Annual report on the lock hospitals of the Madras Presidency
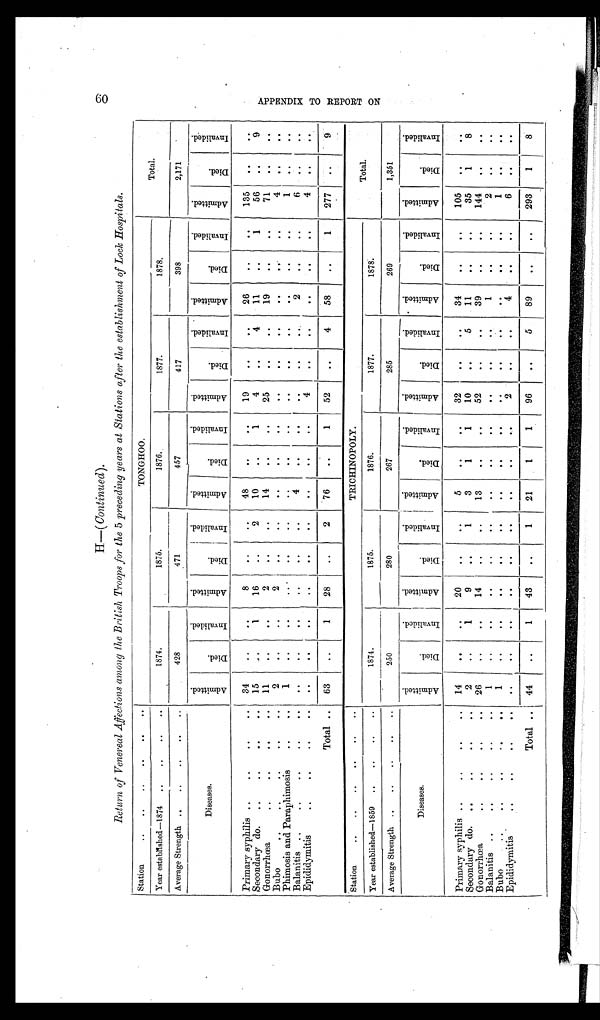
H—( Continued).
Return of Venereal Affections among the British Troops for the 5 preceding years at Stations after the establishment of Lock Hospitals.
Station ..
..
..
..
..
.. TONGHOO.
Total.
Year established—1874 ..
..
..
..
1874.
1875.
1876.
1877.
1878.
Average Strength ..
..
..
..
..
428
471
457
417
398
2,171
Diseases.
A m i t t e d .
Died.
I n v a l i d e d .
A m i t t e d .
D i e d .
I n v a l i d e d .
A m i t t e d .
D i e d .
I n v a l i d e d .
A m i t t e d .
Died.
I n v a l i d e d . A m i t t e d .
D i e d .
I n v a l i d e d .
Amitted.
D i e d .
I n v a l i d e d .
Primary syphilis ..
..
..
.. 34
..
..
8
..
..
48
..
..
19
.. ..
26
..
..
135
..
..
Secondary do.
.. .. .. ..
15
..
1
16
..
2
10
..
1
4
..
4
11
..
1
56
..
9
Gonorrhœa
..
..
..
.. 11
..
..
2
..
..
14
..
..
25
..
. . 19
..
..
71
..
. .
Bubo
..
..
..
..
..
2
..
..
2
..
..
..
. .
.. .. .. .. ..
..
..
4
.. ..
Phimosis and Paraphimosis
..
..
1
.. .. .. .. .. .. .. .. .. .. .. .. .. ..
1
. .
..
Balanitis ..
..
..
..
..
. .
..
..
..
..
. .
4
. .
. .
..
. .
. . 2
. .
. .
6
.. ..
Epididymitis
..
..
..
..
..
..
..
..
. .
..
..
4
. .
. .
. .
..
..
4
..
. .
Total .. 63
..
1
28
..
2
76
..
1
52
..
4
58
..
1
277
. .
9
Station
..
..
..
..
..
..
TRICHINOPOLY.
Total.
Year established—1859 ..
..
..
..
1874.
1875.
1876.
1877.
1878.
Average Strength ..
..
..
..
..
250
280
267
285
269
1,351
Diseases.
A m i t t e d .
D i e d .
I n v a l i d e d .
A m i t t e d .
D i e d .
I n v a l i d e d .
A m i t t e d .
D i e d .
I n v a l i d e d .
A m i t t e d .
D i e d .
I n v a l i d e d . A mi t t e d .
D i e d .
I n v a l i d e d .
A m i t t e d .
D i e d .
I n v a l i d e d .
Primary syphilis ..
..
..
.. 14
. .
..
20
..
..
5
..
..
32
. .
. . 34
..
..
105
. .
. .
Secondary do. ..
..
..
..
2
..
1
9
..
1
3
1
1
10
..
5
11
.. ..
35
1
8
Gonorrhœa
..
..
..
.. 26
.. ..
14
..
..
13
.. ..
52
..
..
39
..
..
144
. .
..
Balanitis ..
.. .. ..
..
1
..
..
.. ..
..
.. .. .. ..
..
..
1
..
..
2
.. ..
Bubo
..
..
..
..
1
..
..
.. ..
..
.. .. .. .. .. .. .. .. ..
1
.. ..
Epididymitis
..
..
..
. .
..
..
.. .. ..
. .
. .
..
..
2
. .
. . 4
. .
. .
6 . .
..
Total .. 44
..
1
43
..
1
21
1
1
96
..
5
89
..
..
293
1
8
A P P E N D I X T O R E P O R T O N